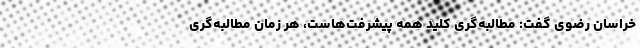
خراسان رضوی گفت: مطالبه‌گری کلید همه پیشرفت‌هاست، هر زمان مطالبه‌گری